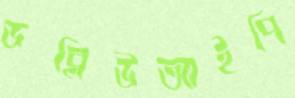
ডব্লিউআইপি